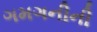
ગમગનીની